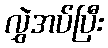
လွှဲအပ်ပြီး